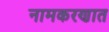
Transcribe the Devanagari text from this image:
नामकरणात